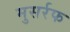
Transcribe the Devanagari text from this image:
मुसर्रफ